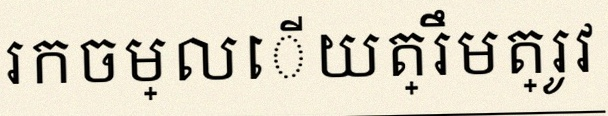
រកចម្លើយត្រឹមត្រូវ